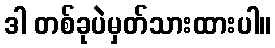
ဒါ တစ်ခုပဲမှတ်သားထားပါ။